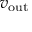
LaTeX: v _ { \mathrm { o u t } }